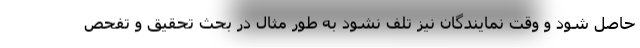
حاصل شود و وقت نمایندگان نیز تلف نشود به طور مثال در بحث تحقیق و تفحص